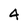
Character: 4